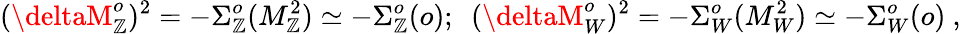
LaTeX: (\deltaM_{\mathbb{Z}}^{o})^{2}=-\Sigma_{\mathbb{Z}}^{o}(M_{\mathbb{Z}}^{2})\simeq-\Sigma_{\mathbb{Z}}^{o}(o);~~(\deltaM_{W}^{o})^{2}=-\Sigma_{W}^{o}(M_{W}^{2})\simeq-\Sigma_{W}^{o}(o)~,